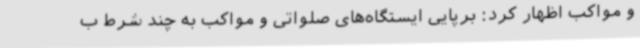
و مواکب اظهار کرد: برپایی ایستگاه‌های صلواتی و مواکب به چند شرط ب